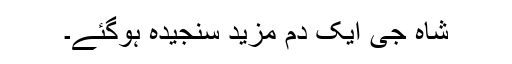
شاہ جی ایک دم مزید سنجیدہ ہوگئے۔